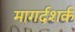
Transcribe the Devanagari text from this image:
मागर्दशर्क